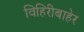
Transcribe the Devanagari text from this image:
विहिरीबाहेर